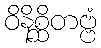
ဝိနိစ္ဆိတဗ္ဗံ